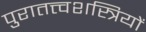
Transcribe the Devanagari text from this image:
पुरातत्त्वशस्त्रियों